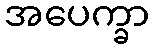
အပေက္ခာ